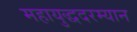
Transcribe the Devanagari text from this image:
महायुद्धदरम्यान